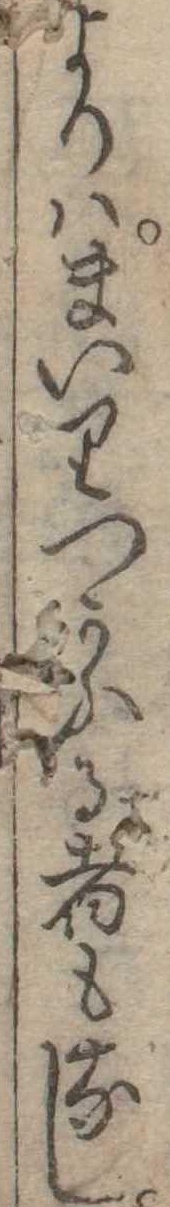
よりはまいりつかふる者もなし